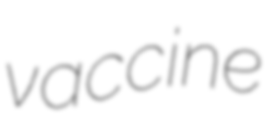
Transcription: vaccine